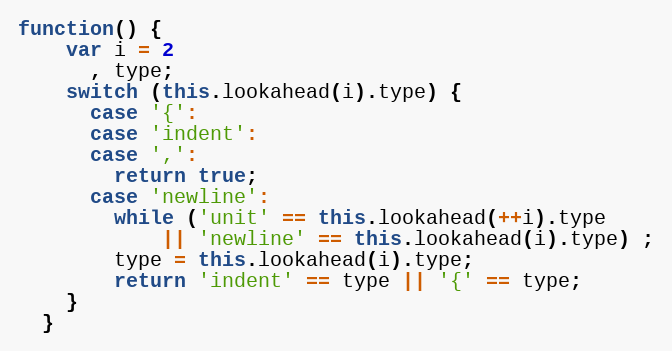
Language: JavaScript
function() {
    var i = 2
      , type;
    switch (this.lookahead(i).type) {
      case '{':
      case 'indent':
      case ',':
        return true;
      case 'newline':
        while ('unit' == this.lookahead(++i).type
            || 'newline' == this.lookahead(i).type) ;
        type = this.lookahead(i).type;
        return 'indent' == type || '{' == type;
    }
  }